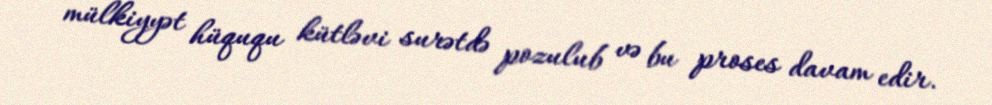
mülkiyyət hüququ kütləvi surətdə pozulub və bu proses davam edir.